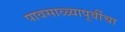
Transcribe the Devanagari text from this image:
पावसाळ्यापूर्वीचा